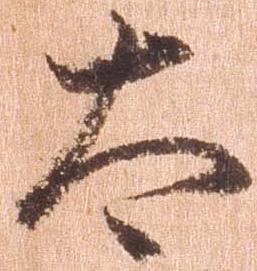
太